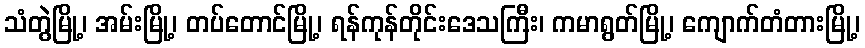
သံတွဲမြို့၊ အမ်းမြို့၊ တပ်တောင်မြို့၊ ရန်ကုန်တိုင်းဒေသကြီး၊ ကမာရွတ်မြို့၊ ကျောက်တံတားမြို့၊